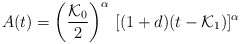
\begin{align*}A(t) = \left(\frac{{\cal {K}}_0}{2}\right)^\alpha \, [(1+d) (t-{\cal {K}}_1)]^\alpha\end{align*}